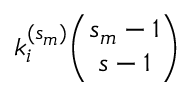
k _ { i } ^ { ( s _ { m } ) } { \binom { s _ { m } - 1 } { s - 1 } }